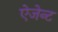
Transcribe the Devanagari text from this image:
ऐजेन्‍ट